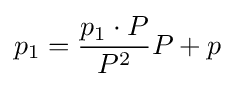
p_{1}={\frac {p_{1}\cdot P}{P^{2}}}P+p